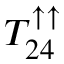
T _ { 2 4 } ^ { \uparrow \uparrow }